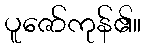
ပူဇော်ကုန်၏။